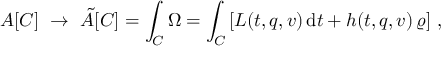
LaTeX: { \cal A } [ { \cal C } ] \, \, \rightarrow \, \, \tilde { \cal A } [ { \cal C } ] = \int _ { \cal C } \Omega = \int _ { \cal C } \left[ L ( t , q , v ) \, \mathrm { d } t + h ( t , q , v ) \, \varrho \right] \, ,